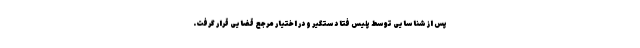
پس از شناسایی توسط پلیس فتا دستگیر و در اختیار مرجع قضایی قرار گرفت.